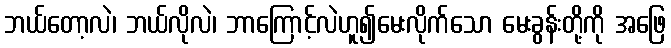
ဘယ်တော့လဲ၊ ဘယ်လိုလဲ၊ ဘာကြောင့်လဲဟူ၍မေးလိုက်သော မေးခွန်းတို့ကို အဖြေ